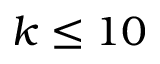
k \le 1 0